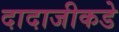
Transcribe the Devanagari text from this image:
दादाजीकडे